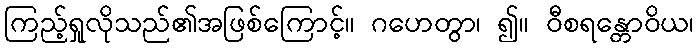
ကြည့်ရှုလိုသည်၏အဖြစ်ကြောင့်။ ဂဟေတွာ၊ ၍။ ဝီစရန္တောဝိယ၊